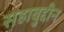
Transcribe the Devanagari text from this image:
सहाबुद्दीन